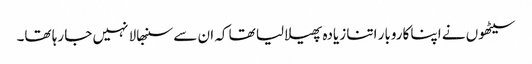
سیٹھوں نے اپنا کاروبار اتنا زیادہ پھیلا لیا تھا کہ ان سے سنبھالا نہیں جا رہا تھا۔